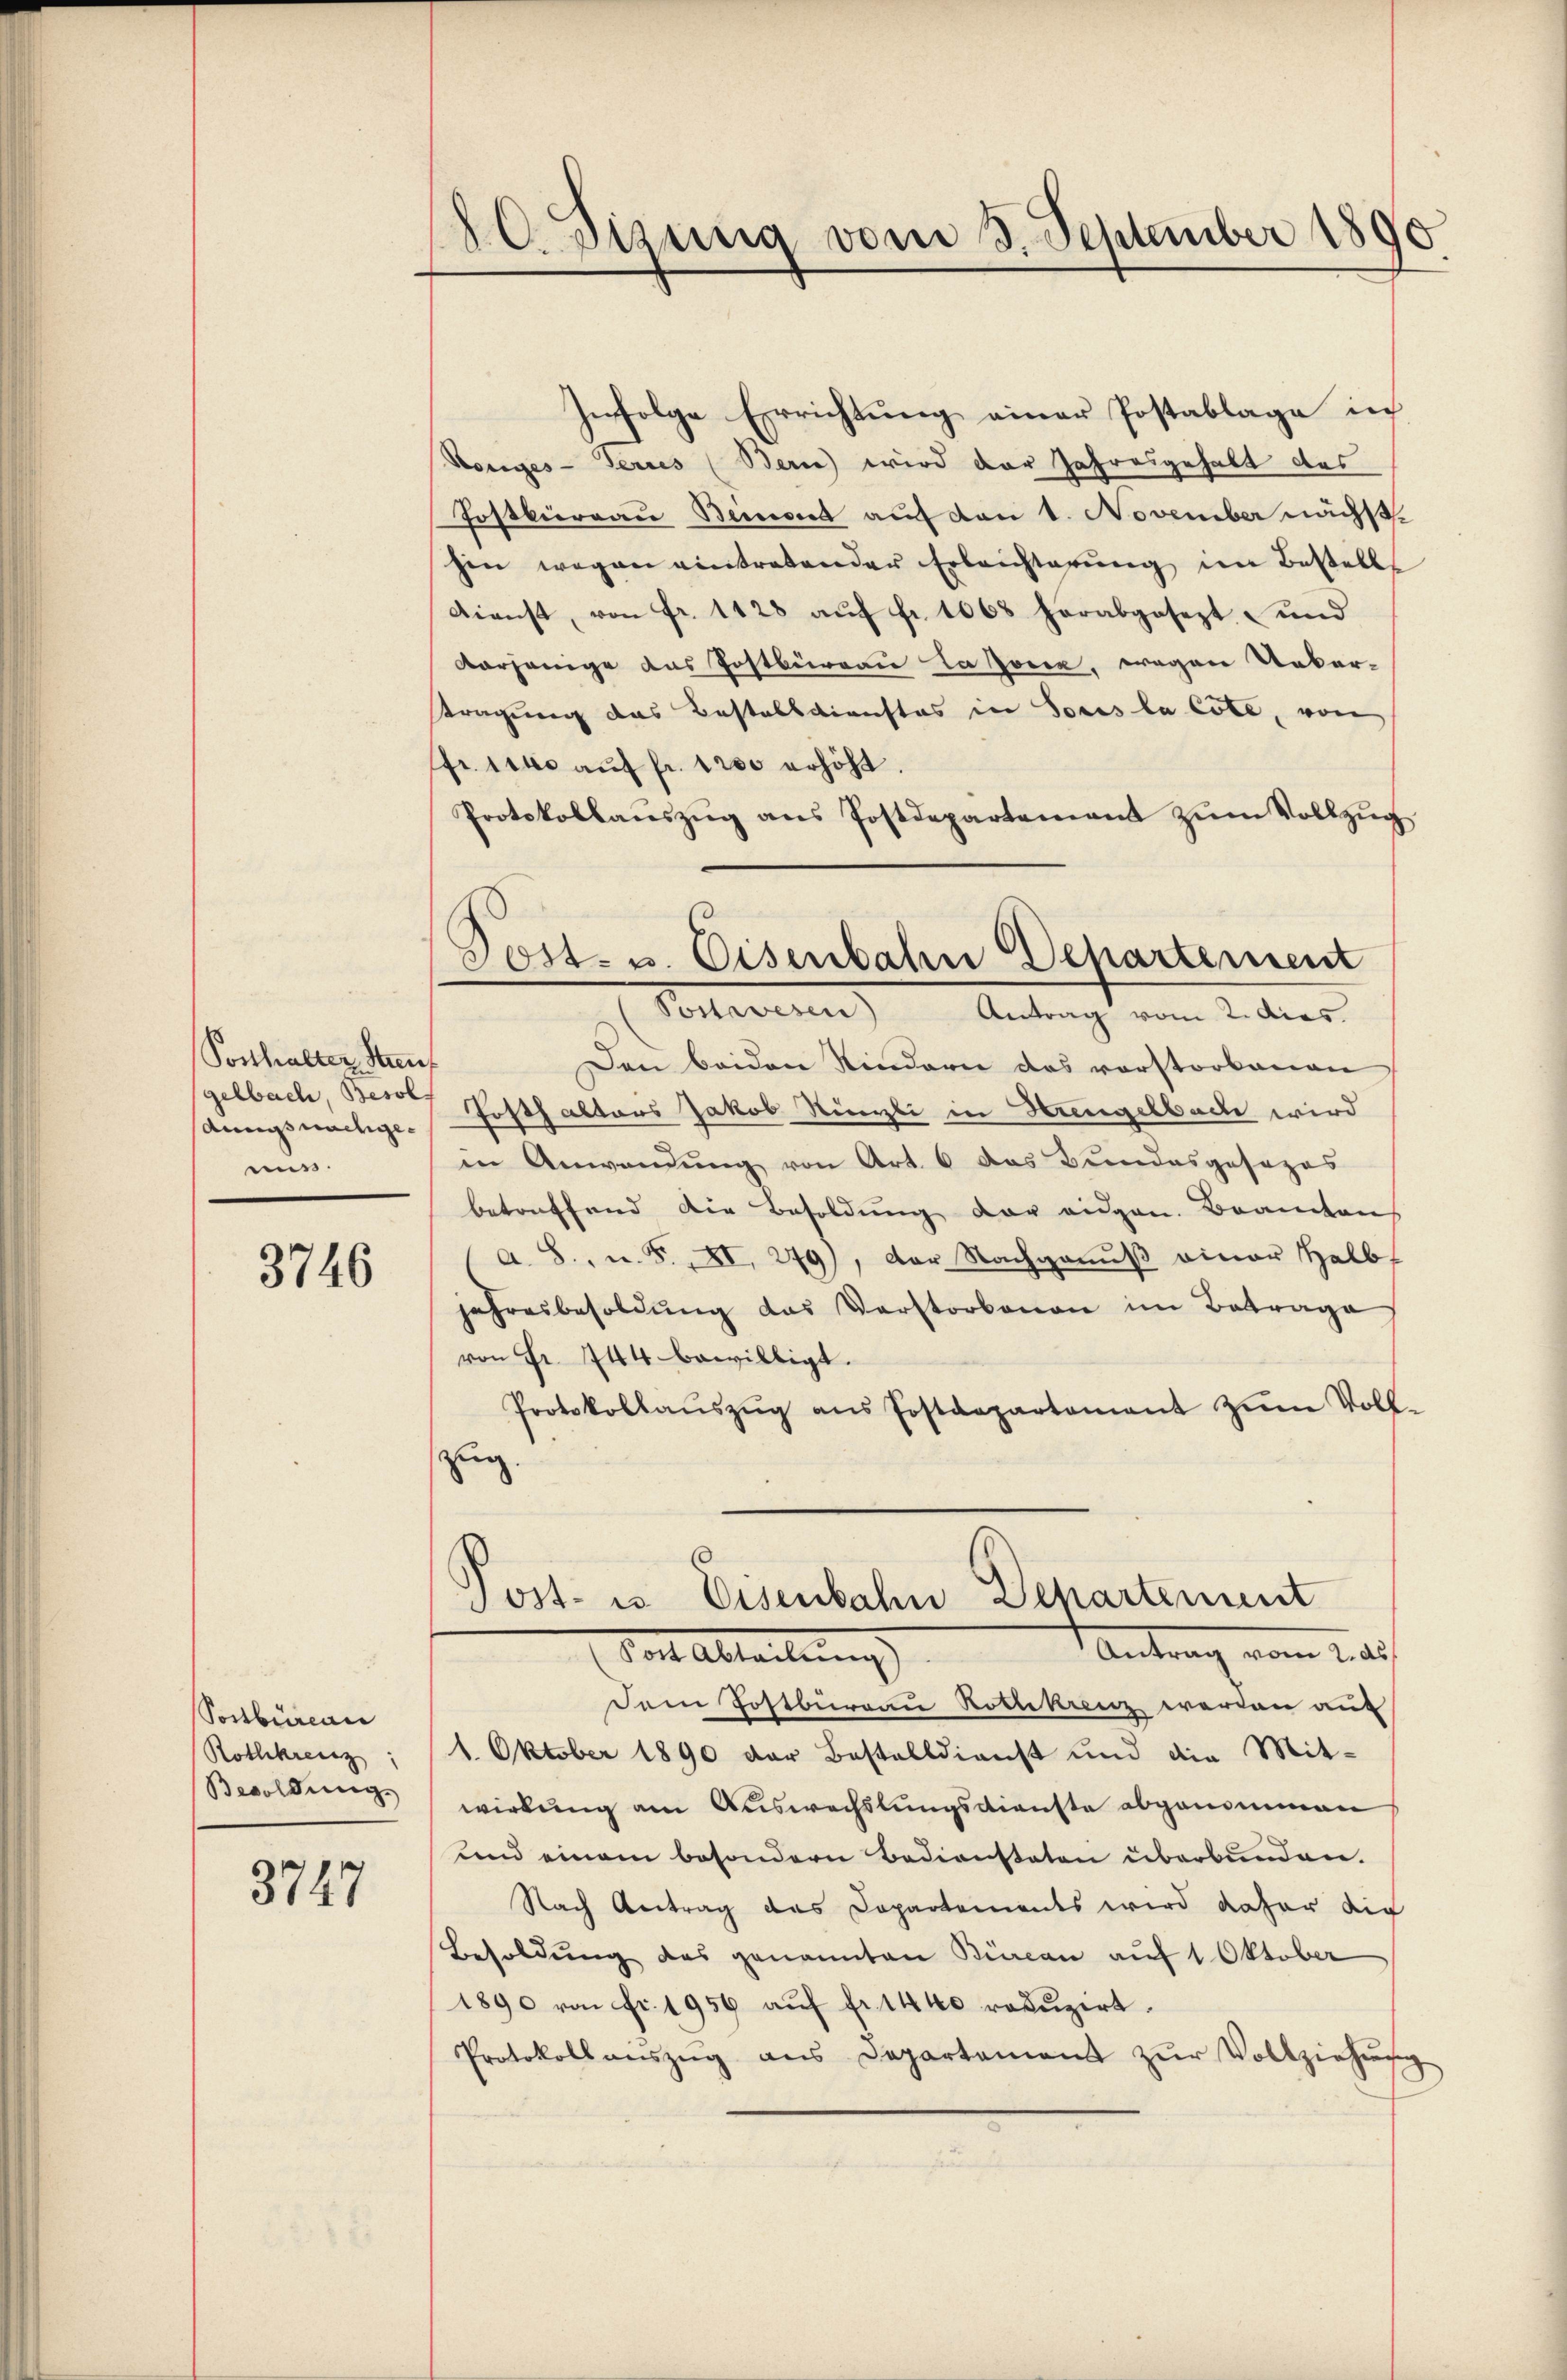
Ponhalter Streu
gelbach, Besol
dungs nachgems.

3746

Sonbureau
Rothkreuz
Bwoldung

3747

20. Sizung vom 3. September 1890
.
e

Post- u. Eisenbahn Departement
(Postwesen Antrag vom 2. dies

Infolge Errichtung einer Postablage in
Koniges - Fernes (Bern wird der Jahresgehalt des
Postbüreau Beront auf den 1. November nächst
hin wegen eintretender Erleichterung im Bestell
Dienst, von fr. 1128 aŭf fr. 1068 herabgesezt und
Vorhänige das Postbüreau datone, wegen Ueber-
tragung das Bestelldienstes in Sores la Cote, von
fr. 114. aŭf fr. 1200 erhöht.
Protokollanszŭg ans Postdepartement zŭm Vollzŭg
Den beiden Kindern das vorstorbenen
Posthalters Jakob Ringli in Hingelbach wird
in Anwendŭng von Art. 6 das Bundesgesezes
betreffend die Besoldung der eidgen. Brandtens
(a. S., u. S. XI. 279), der Nachganŭβ einer Halb
jahresbesoldŭng das Verstorbenen im Betrage
von Fr. 744 bewilligt.
Protokollaŭszŭg ans Postdepartament zŭm Voll-
zug.
Post- us Eisenbahn Departement
Antrag vom 2. d.
Not. Abteilung
Dem Postburgau Rothkrenz werden auf
1. Oktober 1890 der Bestelldienst und die Mit-
wirkung am Auswechslungsdienste abgenommen
und einem besondern Bediensteten überbunden.
Nach Antrag des Capartemendes wird daher die
Besoldung des genannten Büreau auf 1. Oktober
1890 von fr. 1950 aŭf fr. 1440 redŭzirt.
Protokoll aŭszŭg ans Departement zŭr Vollziehŭng